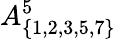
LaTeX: A_{\{ 1,2,3,5,7\} }^{5}